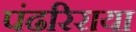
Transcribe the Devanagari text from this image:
पंढरिराया